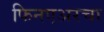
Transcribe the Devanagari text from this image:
फिनएअरचा